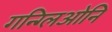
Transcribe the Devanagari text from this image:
गन्ग्लिओनि